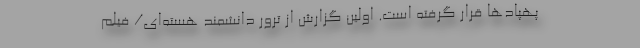
پهپادها قرار گرفته است. اولین گزارش از ترور دانشمند هسته‌ای/ فیلم